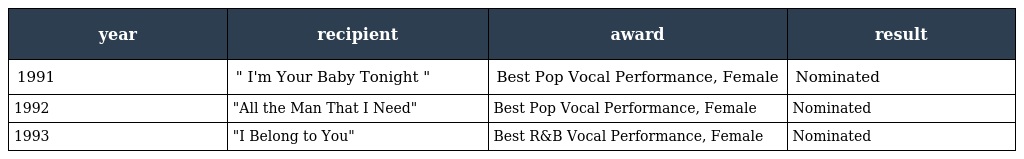
| year | recipient | award | result |
 | --- | --- | --- | --- |
 | 1991 | " I'm Your Baby Tonight " | Best Pop Vocal Performance, Female | Nominated |
 | 1992 | "All the Man That I Need" | Best Pop Vocal Performance, Female | Nominated |
 | 1993 | "I Belong to You" | Best R&B Vocal Performance, Female | Nominated |